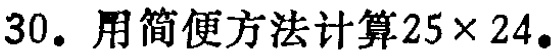
30. 用简便方法计算$25\times 24$。